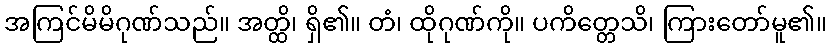
အကြင်မိမိဂုဏ်သည်။ အတ္ထိ၊ ရှိ၏။ တံ၊ ထိုဂုဏ်ကို။ ပကိတ္တေသိ၊ ကြားတော်မူ၏။